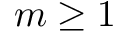
m \ge 1